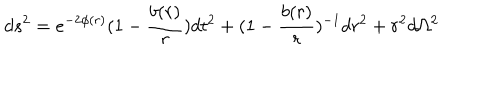
d s ^ { 2 } = e ^ { - 2 \phi ( r ) } ( 1 - \frac { b ( r ) } { r } ) d t ^ { 2 } + ( 1 - \frac { b ( r ) } { r } ) ^ { - 1 } d r ^ { 2 } + r ^ { 2 } d \Omega ^ { 2 }